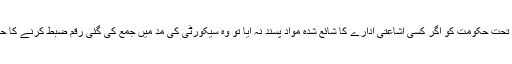
اس قانون کے تحت حکومت کو اگر کسی اشاعتی ادارے کا شائع شدہ مواد پسند نہ آیا تو وہ سیکورٹی کی مد میں جمع کی گئی رقم ضبط کرنے کا حق رکھے گی۔